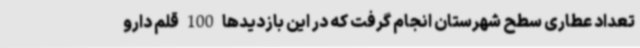
تعداد عطاری سطح شهرستان انجام گرفت که در این بازدیدها 100 قلم دارو